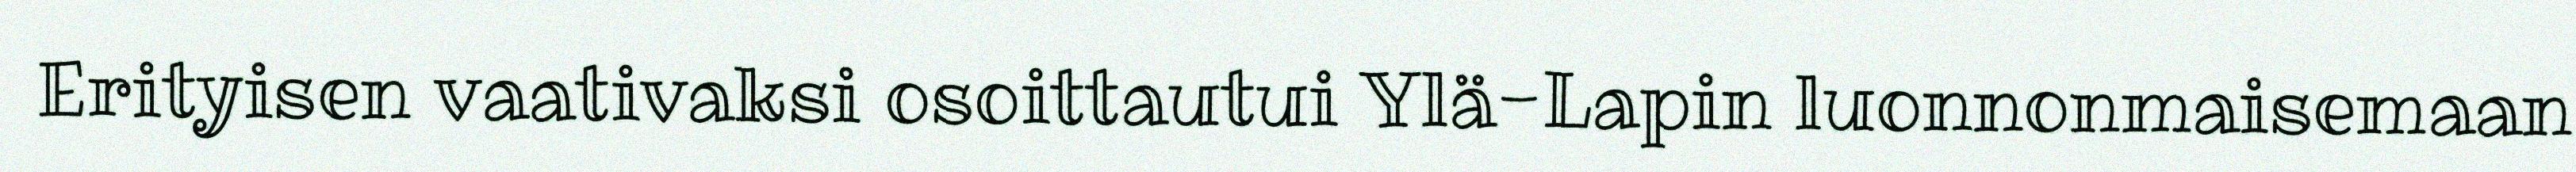
Erityisen vaativaksi osoittautui Ylä-Lapin luonnonmaisemaan